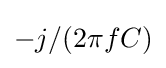
-j/(2\pi fC)